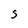
Character: s